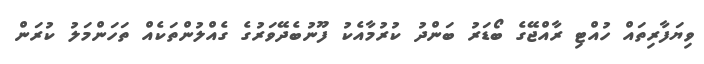
ވިޔަފާރިތައް ހުއްޓި ރާއްޖޭގެ ބޯޑަރު ބަންދު ކުރުމާއެކު ފޫނުބެދޭވަރުގެ ގެއްލުންތަކެއް ތަހަންމަލު ކުރަން